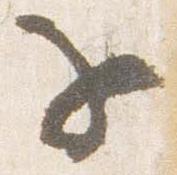
子